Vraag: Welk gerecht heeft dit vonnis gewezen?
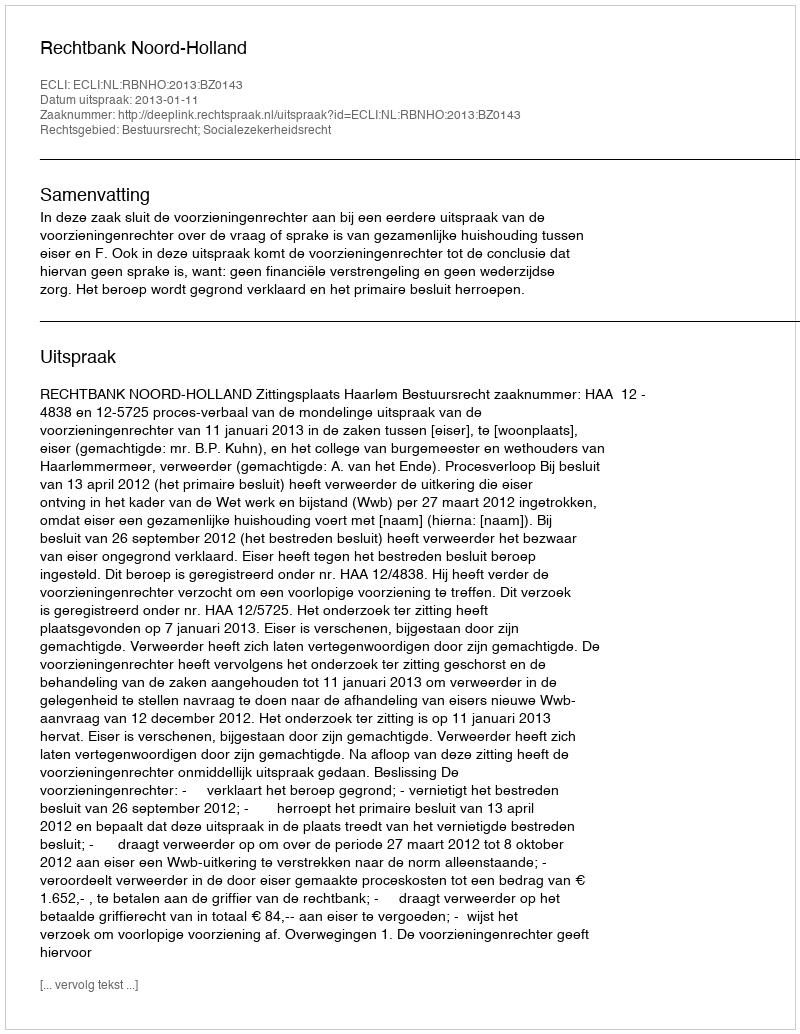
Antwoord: Rechtbank Noord-Holland